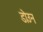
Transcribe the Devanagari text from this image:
डोउन